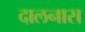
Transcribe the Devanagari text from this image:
दालनास